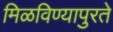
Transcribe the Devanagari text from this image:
मिळविण्यापुरते